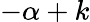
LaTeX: -\alpha+k